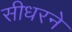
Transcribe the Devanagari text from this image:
सीधरने